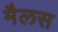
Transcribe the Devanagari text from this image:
मैलस